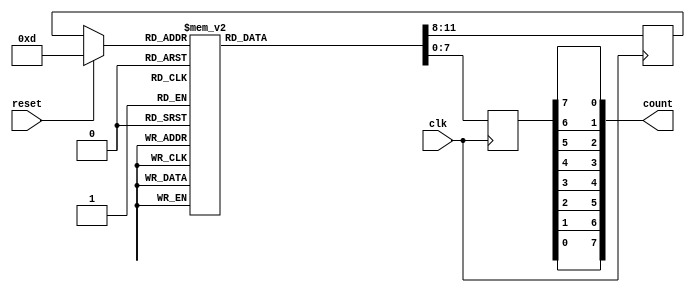
module jerk_ct_1(output reg [7:0] count, input clk, reset);
	reg [3:0] state; 
	reg [7:0] icount;
	always @(icount)
		count <= { icount[0], icount[1], icount[2], icount[3],
				icount[4], icount[5], icount[6], icount[7] };
	always @(posedge clk) begin
		if (reset == 1) begin
			state = 13;
		end
		case(state)
			0: begin icount <= 8'b00000010; state <= 1; end
			1: begin icount <= 8'b00000001; state <= 2; end
			2: begin icount <= 8'b00000100; state <= 3; end
			3: begin icount <= 8'b00000001; state <= 4; end
			4: begin icount <= 8'b00001000; state <= 5; end
			5: begin icount <= 8'b00000001; state <= 6; end
			6: begin icount <= 8'b00010000; state <= 7; end
			7: begin icount <= 8'b00000001; state <= 8; end
			8: begin icount <= 8'b00100000; state <= 9; end
			9: begin icount <= 8'b00000001; state <= 10;end
			10:begin icount <= 8'b01000000; state <= 11;end
			11:begin icount <= 8'b00000001; state <= 12;end
			12:begin icount <= 8'b10000000; state <= 13;end
			13,14,15:
			   begin icount <= 8'b00000001; state <= 0; end
		endcase
	end
endmodule